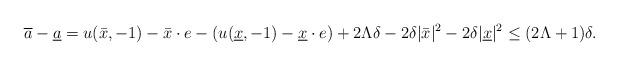
LaTeX: \begin{align*}\overline a-\underline a=u(\bar x,-1)-\bar x\cdot e -(u(\underline x,-1)-\underline x\cdot e)+2\Lambda\delta-2\delta|\bar x|^2-2\delta|\underline x|^2\le (2\Lambda+1)\delta.\end{align*}